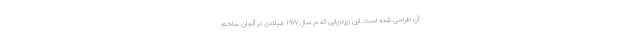
آن طراحی شده است. این زیردریایی که در سال ۱۹۷۷ میلادی در آلمان ساخته